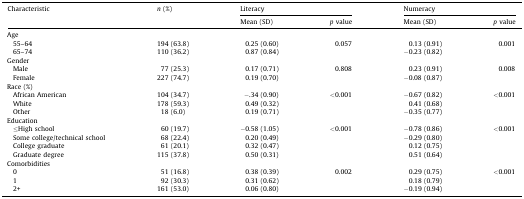
| Characteristic | n (%) | <COLSPAN=2> Literacy | <COLSPAN=2> Numeracy |
 | Mean (SD) | p value | Mean (SD) | p value |
 | --- | --- | --- | --- | --- | --- |
 | Age |  |  |  |  |  |
 | 55–64 | 194 (63.8) | 0.25 (0.60) | 0.057 | 0.13 (0.91) | 0.001 |
 | 65–74 | 110 (36.2) | 0.87 (0.84) |  | −0.23 (0.82) |
 | Gender |  |  |  |  |  |
 | Male | 77 (25.3) | 0.17 (0.71) | 0.808 | 0.23 (0.91) | 0.008 |
 | Female | 227 (74.7) | 0.19 (0.70) |  | −0.08 (0.87) |
 | Race (%) |  |  |  |  |  |
 | African American | 104 (34.7) | −.34 (0.90) | <0.001 | −0.67 (0.82) | <0.001 |
 | White | 178 (59.3) | 0.49 (0.32) |  | 0.41 (0.68) |
 | Other | 18 (6.0) | 0.19 (0.71) |  | −0.35 (0.77) |
 | Education |  |  |  |  |  |
 | ≤High school | 60 (19.7) | −0.58 (1.05) | <0.001 | −0.78 (0.86) | <0.001 |
 | Some college/technical school | 68 (22.4) | 0.20 (0.49) |  | −0.29 (0.80) |
 | College graduate | 61 (20.1) | 0.32 (0.47) |  | 0.12 (0.75) |
 | Graduate degree | 115 (37.8) | 0.50 (0.31) |  | 0.51 (0.64) |
 | Comorbidities |  |  |  |  |  |
 | 0 | 51 (16.8) | 0.38 (0.39) | 0.002 | 0.29 (0.75) | <0.001 |
 | 1 | 92 (30.3) | 0.31 (0.62) |  | 0.18 (0.79) |
 | 2+ | 161 (53.0) | 0.06 (0.80) |  | −0.19 (0.94) |